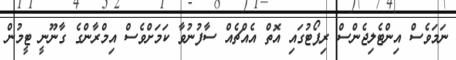
ނަމަވެސް އިންޓެލިޖެންސް ރިޕޯޓުގައި އޮތް އެއްޗެއް ސާފުނުވާ ކަަމަށްވެސް އިމްރާންގެ ގާނޫނީ ޓީމުން